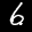
Label: 6